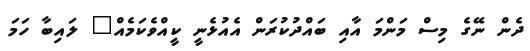
ދެން ނޭގެ މިސް މަންމަ އާއި ބައްދުކުރަން އެއުޅެނީ ކީއްވެކަމެއް" ލައިބާ ހަމަ